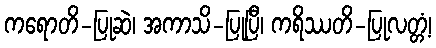
ကရောတိ-ပြုဆဲ၊ အကာသိ-ပြုပြီ၊ ကရိဿတိ-ပြုလတ္တံ့၊